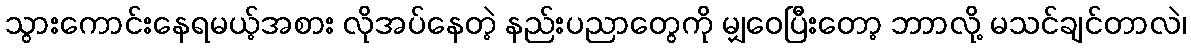
သွားကောင်းနေရမယ့်အစား လိုအပ်နေတဲ့ နည်းပညာတွေကို မျှဝေပြီးတော့ ဘာာလို့ မသင်ချင်တာလဲ၊